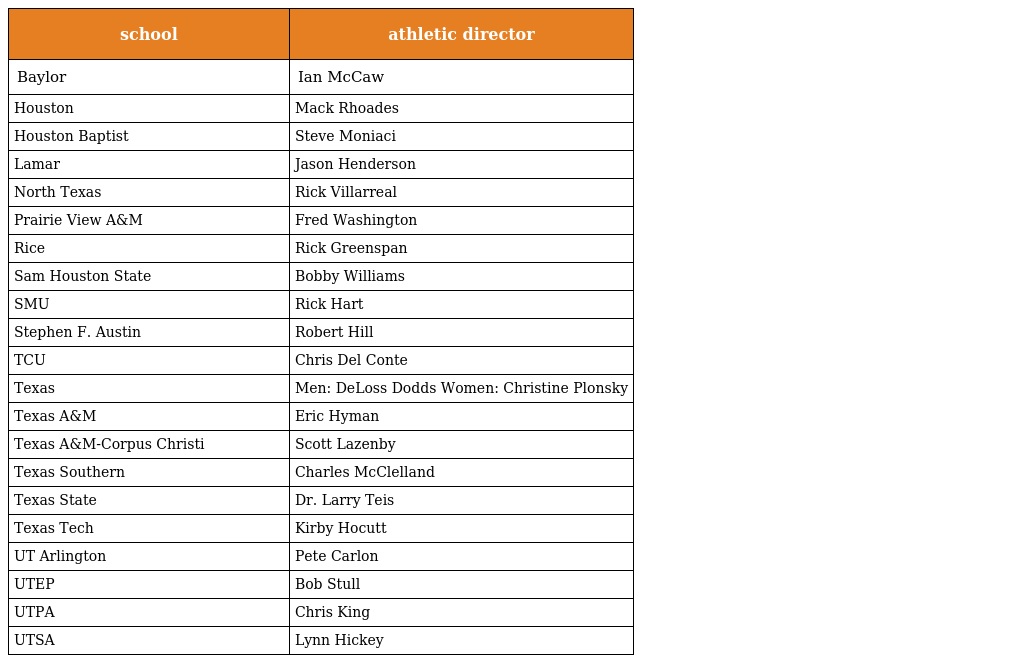
| school | athletic director |
 | --- | --- |
 | Baylor | Ian McCaw |
 | Houston | Mack Rhoades |
 | Houston Baptist | Steve Moniaci |
 | Lamar | Jason Henderson |
 | North Texas | Rick Villarreal |
 | Prairie View A&M | Fred Washington |
 | Rice | Rick Greenspan |
 | Sam Houston State | Bobby Williams |
 | SMU | Rick Hart |
 | Stephen F. Austin | Robert Hill |
 | TCU | Chris Del Conte |
 | Texas | Men: DeLoss Dodds Women: Christine Plonsky |
 | Texas A&M | Eric Hyman |
 | Texas A&M-Corpus Christi | Scott Lazenby |
 | Texas Southern | Charles McClelland |
 | Texas State | Dr. Larry Teis |
 | Texas Tech | Kirby Hocutt |
 | UT Arlington | Pete Carlon |
 | UTEP | Bob Stull |
 | UTPA | Chris King |
 | UTSA | Lynn Hickey |